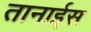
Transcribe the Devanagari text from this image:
तानाईस